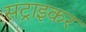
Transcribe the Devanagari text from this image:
सट्राइकर